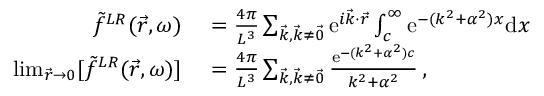
\begin{array} { r l } { \Tilde { f } ^ { L R } ( \vec { r } , \omega ) } & { { } = \frac { 4 \pi } { L ^ { 3 } } \sum _ { \vec { k } , \vec { k } \neq \vec { 0 } } \mathrm { e } ^ { i \vec { k } \cdot \vec { r } } \int _ { c } ^ { \infty } \mathrm { e } ^ { - ( k ^ { 2 } + \alpha ^ { 2 } ) x } \mathrm { d } x } \\ { \operatorname* { l i m } _ { \vec { r } \to 0 } [ \Tilde { f } ^ { L R } ( \vec { r } , \omega ) ] } & { { } = \frac { 4 \pi } { L ^ { 3 } } \sum _ { \vec { k } , \vec { k } \neq \vec { 0 } } \frac { \mathrm { e } ^ { - ( k ^ { 2 } + \alpha ^ { 2 } ) c } } { k ^ { 2 } + \alpha ^ { 2 } } \, , } \end{array}